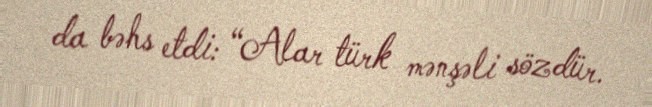
da bəhs etdi: “Alar türk mənşəli sözdür.